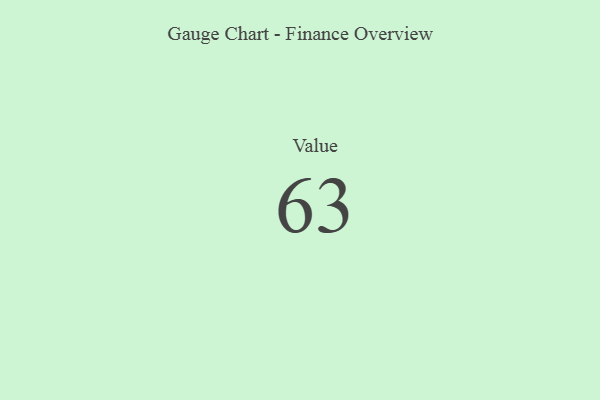
{"axis": {"x": "Metric", "y": "Value"}, "legend": [""], "data": [{"x": "Value", "y": 63, "type": ""}]}